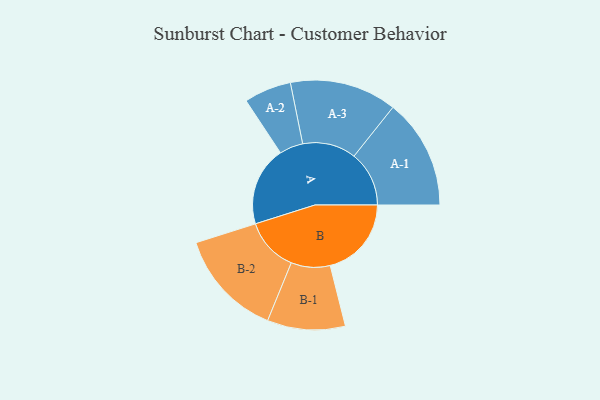
{"axis": {"x": "Segment", "y": "Value"}, "legend": ["", "A", "B"], "data": [{"x": "A", "y": 409, "type": ""}, {"x": "B", "y": 419, "type": ""}, {"x": "A-1", "y": 284, "type": "A"}, {"x": "A-2", "y": 122, "type": "A"}, {"x": "A-3", "y": 276, "type": "A"}, {"x": "B-1", "y": 201, "type": "B"}, {"x": "B-2", "y": 277, "type": "B"}]}